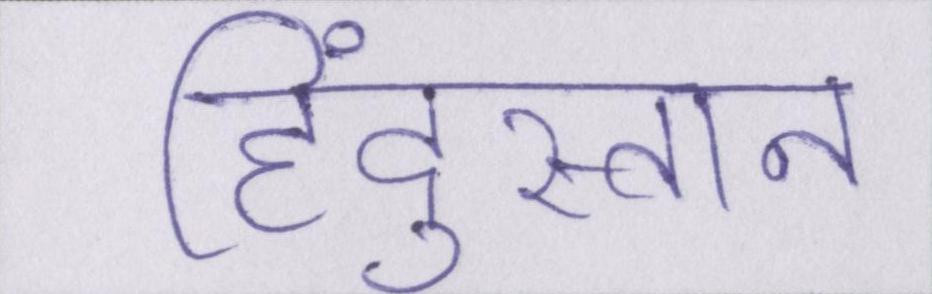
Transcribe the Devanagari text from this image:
हिंदुस्तान